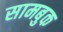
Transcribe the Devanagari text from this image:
सामबुक